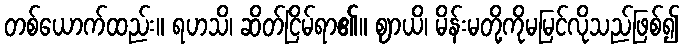
တစ်ယောက်ထည်း။ ရဟသိ၊ ဆိတ်ငြိမ်ရာ၏။ ဈာယိ၊ မိန်းမတို့ကိုမမြင်လိုသည်ဖြစ်၍